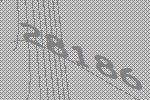
28186